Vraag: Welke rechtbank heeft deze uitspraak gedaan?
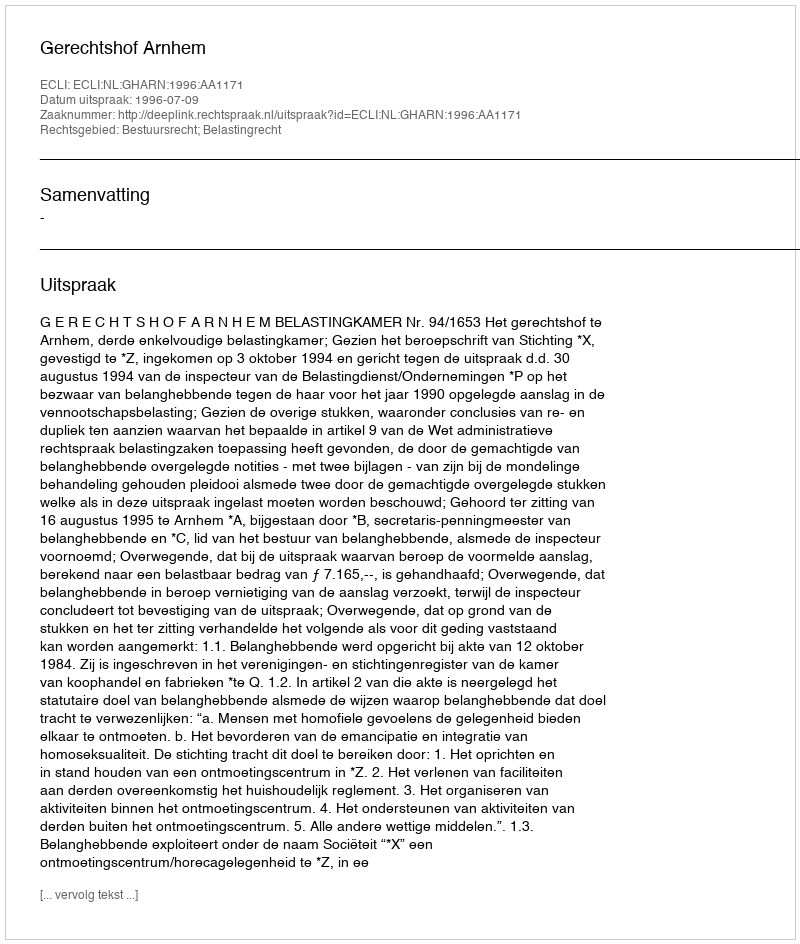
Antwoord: Gerechtshof Arnhem